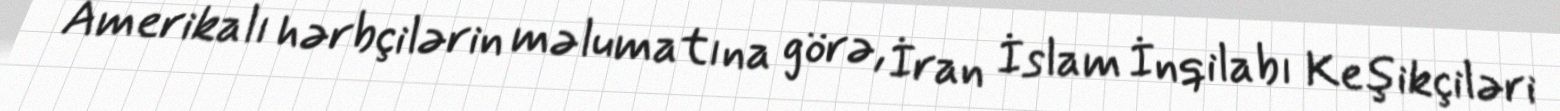
Amerikalı hərbçilərin məlumatına görə, İran İslam İnqilabı Keşikçiləri